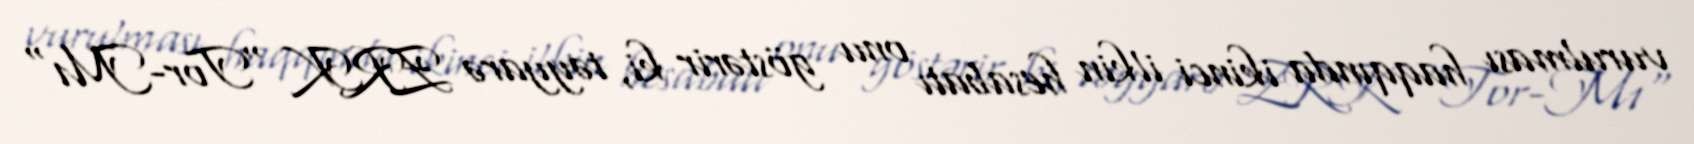
vurulması haqqında ikinci ilkin hesabatı onu göstərir ki, təyyarə ZRK "Tor-M1"